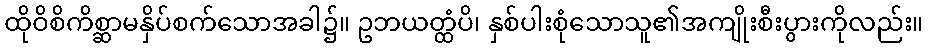
ထိုဝိစိကိစ္ဆာမနှိပ်စက်သောအခါ၌။ ဥဘယတ္ထံပိ၊ နှစ်ပါးစုံသောသူ၏အကျိုးစီးပွားကိုလည်း။